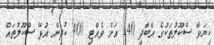
ކިޔަވާ ސްކޫލުތަކުގެ އާބާދީ 140 އަށް ވެއްޓި 400 ކުދިން އުޅޭ ސްކޫލުތައް